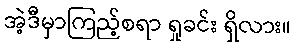
အဲ့ဒီမှာကြည့်စရာ ရှုခင်း ရှိလား။